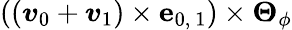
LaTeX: \left(\left(\boldsymbol{v}_{0}+\boldsymbol{v}_{1}\right)\times\boldsymbol{\mathrm{e}}_{0,\ 1}\right)\times\boldsymbol{\Theta}_{\phi}